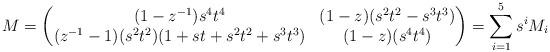
LaTeX: \begin{align*}M=\begin{pmatrix}(1-z^{-1})s^{4}t^{4} & (1-z)(s^{2}t^{2}-s^{3}t^{3}) \\(z^{-1}-1)(s^{2}t^{2})(1+st+s^{2}t^{2}+s^{3}t^{3}) &(1-z)(s^{4}t^{4}) \end{pmatrix}= \sum_{i=1}^5 s^iM_i\end{align*}